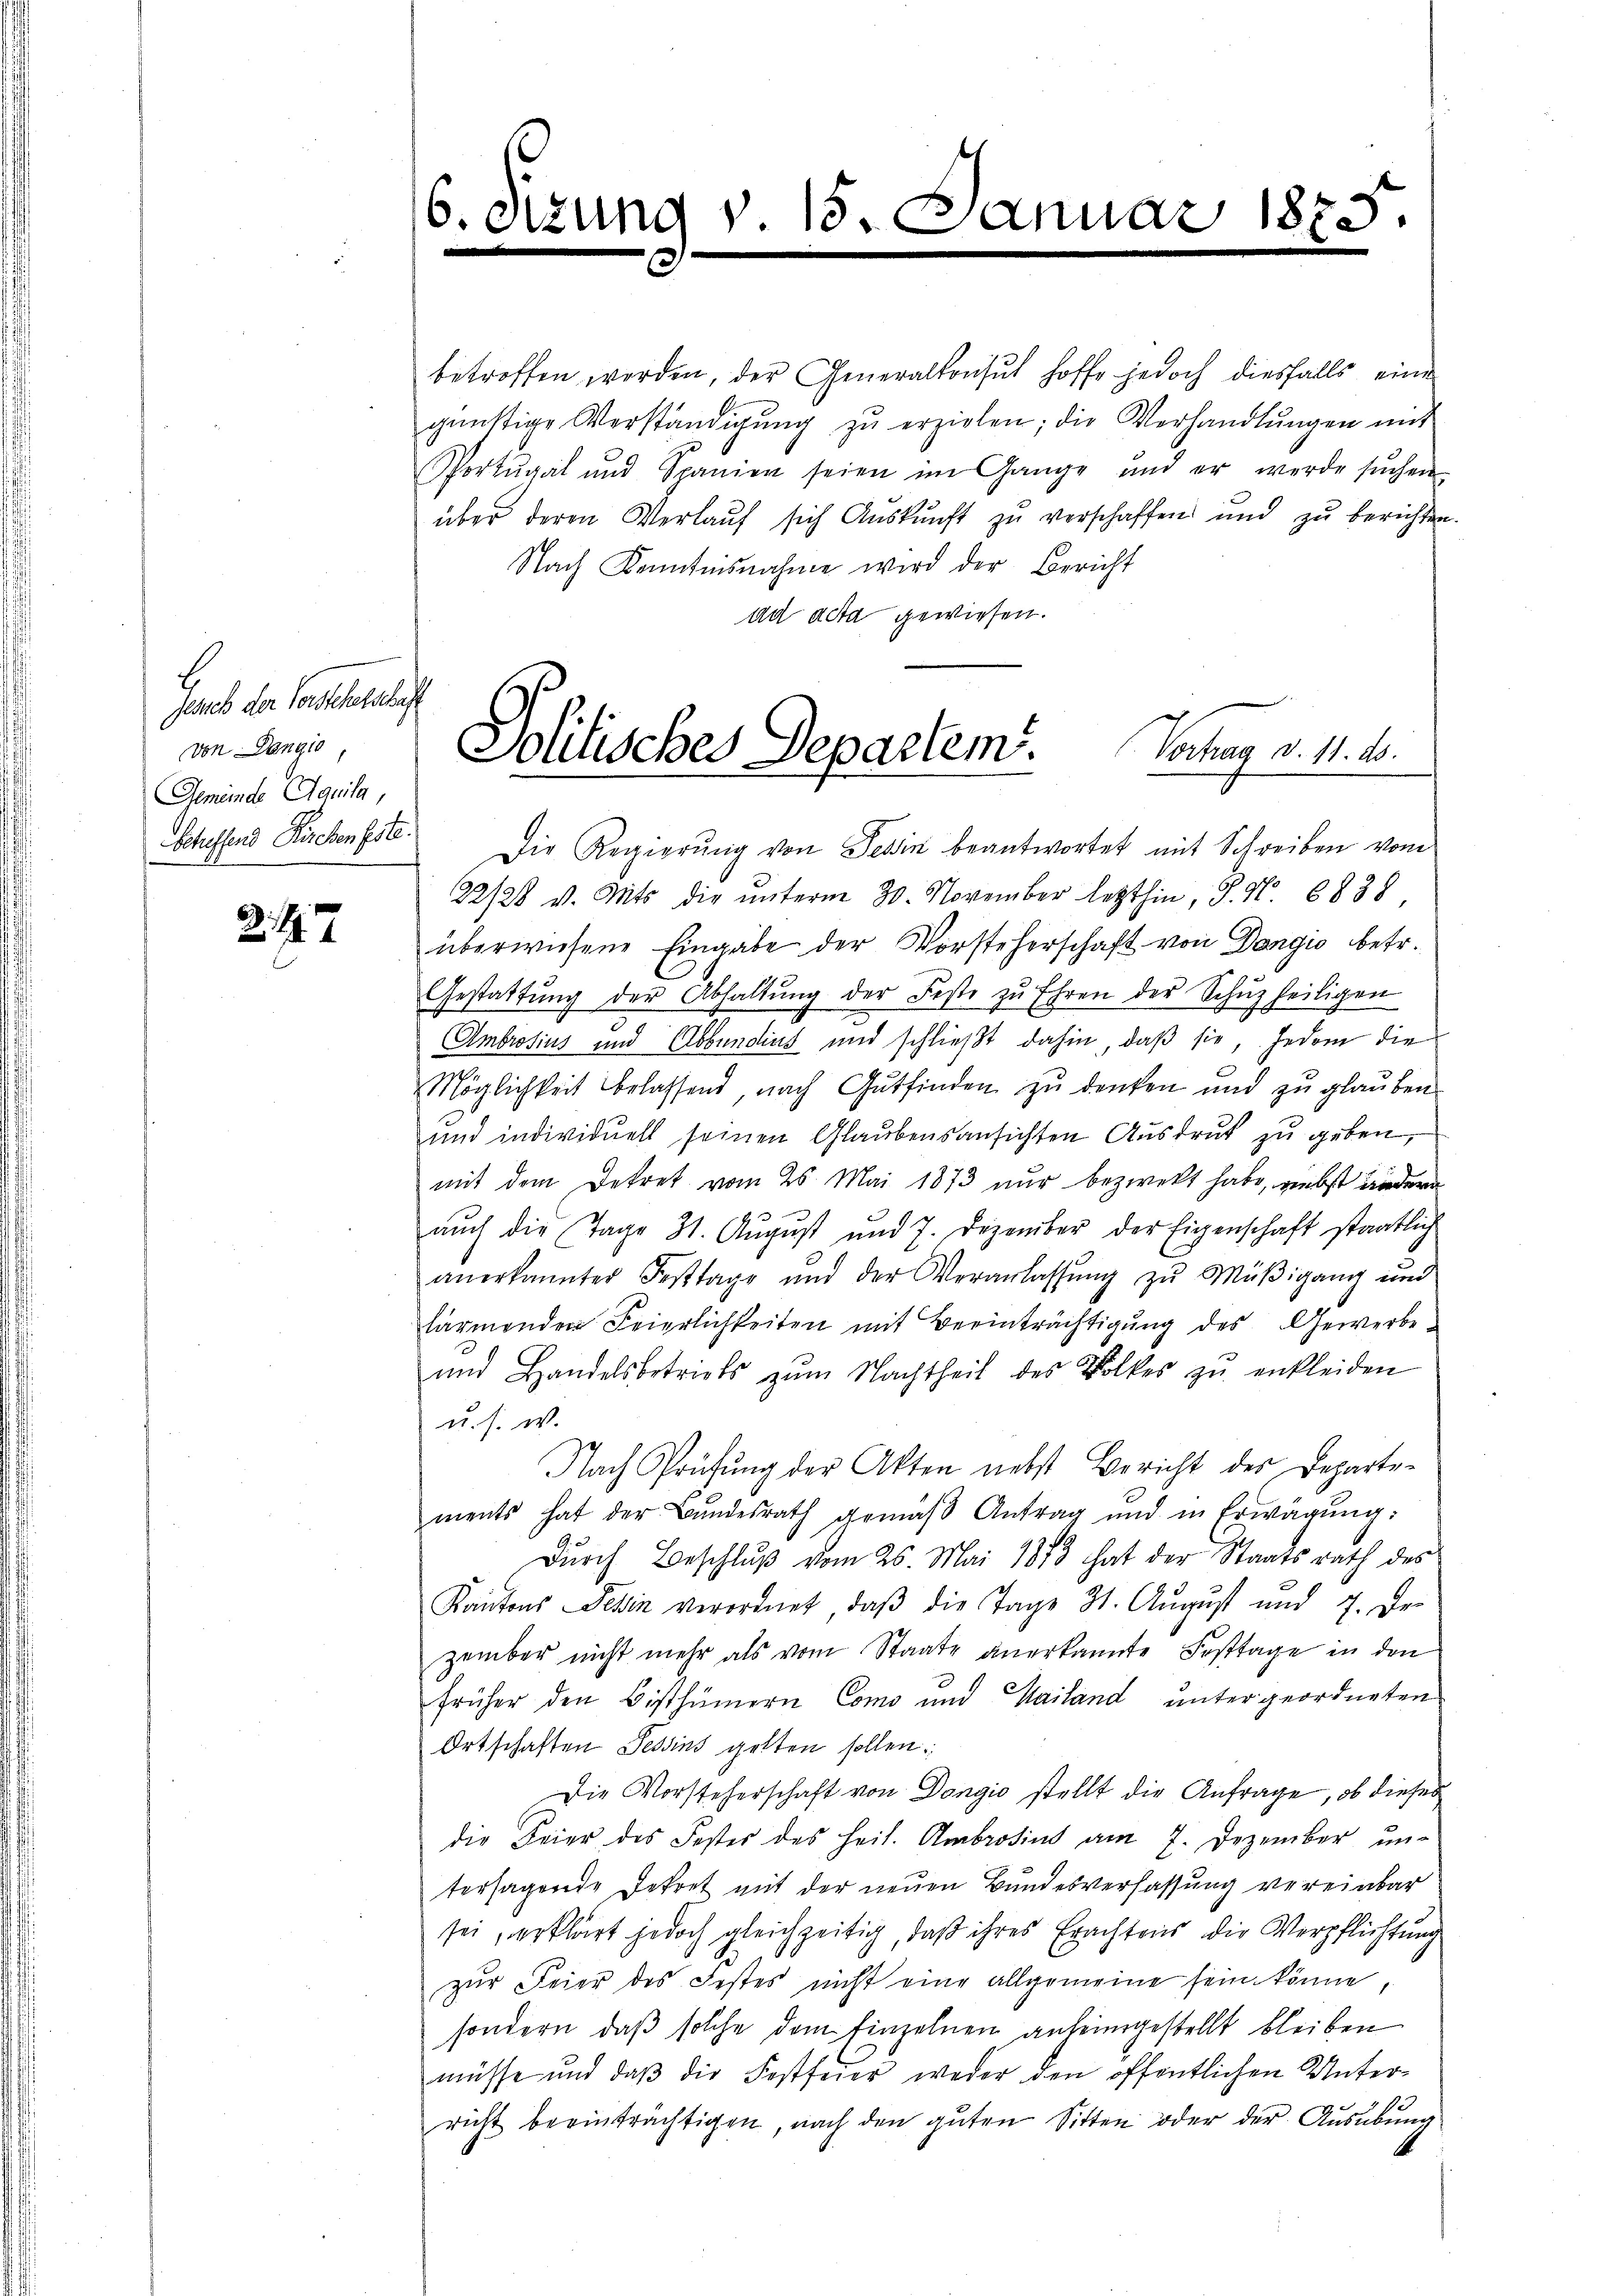
b
Jesieb der Vorsteherschaft
von Dangio,
Gemeinde Aquila,

247

16. d.

zum

betroffen werden, der Generalkonsŭt hoffe jedoch diesfalls eine
günstige Verständigŭng zŭ erzielen; die Verhandlŭngen mit
Portugal und Spanien seien im Gange und er werde sŭchen
über deren Verlauf sich Auskunft zu verschaffen und zu berichten.
Nach Kenntnisnahme wird der Bericht
ad acta gewiesen.

nuar 1875.

Politisches Departem. Vortrag v. 11. 10.

Schussend Kirchenste. Die Regierŭng von Tessin beantwortet mit Schreiben vom
22/28 v. Mts. die ŭnterm 30. November letzthin, S. N. 8838
überwiesene Eingabe der Vorsteherschaft von Dangio betr.
Gestattŭng der Abhaltŭng der Feste zŭ Ehren der Schŭzheiligen
Ambrosius und Abbunding und schließt dahin, daß sie, jedem die
Möglichkeit belassend, nach Gutfinden zŭ denken und zŭ glaŭben.
und individuell seinen Glaubensansichten Ausdruck zu geben,
mit dem Dekret vom 25. Mai 1873 nur bezweckt habe, nebst andern
aŭch die Tage 31. Aŭgŭst und 7. Dezember der Eigenschaft staatlich
anerkannter Festtage und der Veranlassŭng zŭ Müβigang und
lärmenden Feierlichkeiten mit Beeinträchtigung des Gewerbe¬
und Handelsbetriebs zŭm Nachtheil des Volkes zŭ enkleiden
u. s. w.
Nach Prüfung der Akten nebst Bericht des Departements hat der Bŭndesrath gemäβ Antrag und in Erwägŭng:
Durch Beschluß vom 25. Mai 1873 hat der Staatsrath des
Kantons Tessin verordnet, daβ die Tage 31. Aŭgŭst und 7. Dr.
zember nicht mehr als vom Staate anerkannte Festtage in den
früher den Bisthümern Como und Mailand untergeordneten
Ortschaften Tessins gelten sollen.
Die Vorsteherschaft von Dongio stellt die Anfrage, ob dieses
die Feier des Festes des Heil. Ambrosius am 7. Dezember untersagende Dekret mit der neuen Bundesverfassung vereinbar
sei, erklärt jedoch gleichzeitig, daß ihres Erachtens die Verpflichtung
zŭr Feier des Festes nicht eine allgemeine sein könne,
sondern, daß solche dem Einzelnen anheimgestellt bleiben
müsse und daβ die Festfeier weder den öffentlichen Unterricht beeinträchtigen, nach den guten Sitten oder der Ausübung